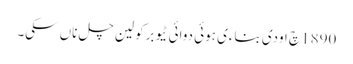
1890 چ اودی بناءی ہوئی دوائی ٹیوبرکولین چل ناں سکی۔